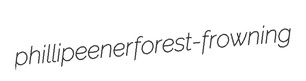
phillipeener forest-frowning